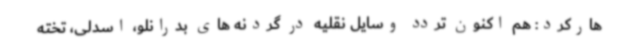
هارکرد: هم اکنون تردد وسایل نقلیه در گردنه های بدرانلو، اسدلی، تخته